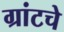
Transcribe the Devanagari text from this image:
ग्रांटचे